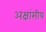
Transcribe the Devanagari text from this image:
अक्षांसीय